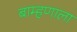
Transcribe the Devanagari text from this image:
बाम्हणाला